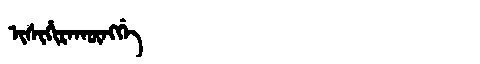
Manchu: ᡳᠰᡳᡥᡳᡵᠠᡴᡡᠩᡤᡝ
Romanization: ISIHIRAKŪNGGE